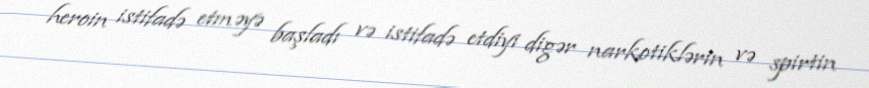
heroin istifadə etməyə başladı və istifadə etdiyi digər narkotiklərin və spirtin